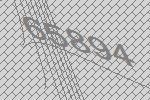
65894